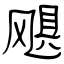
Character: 飓